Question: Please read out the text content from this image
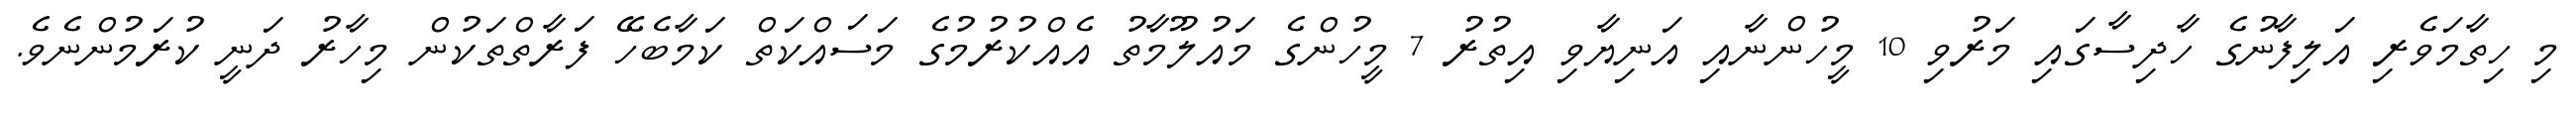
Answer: މި ހިތާމަވެރި އަލިފާނުގެ ހާދިސާގައި މަރުވި 10 މީހުންނާއި އަނިޔާވި އިތުރު 7 މީހުންގެ މައުލޫމާތު އެއްކުރުމުގެ މަސައްކަތް ކަމާބެހޭ ފަރާތްތަކުން މިހާރު ދަނީ ކުރަމުންނެވެ.